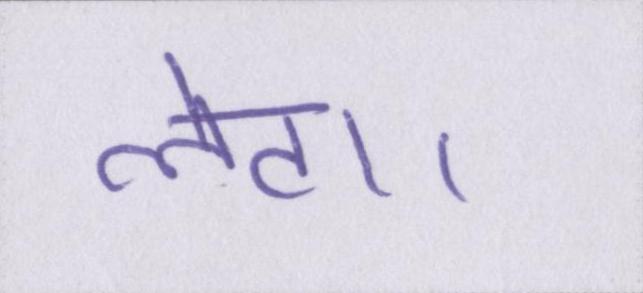
लेटा।